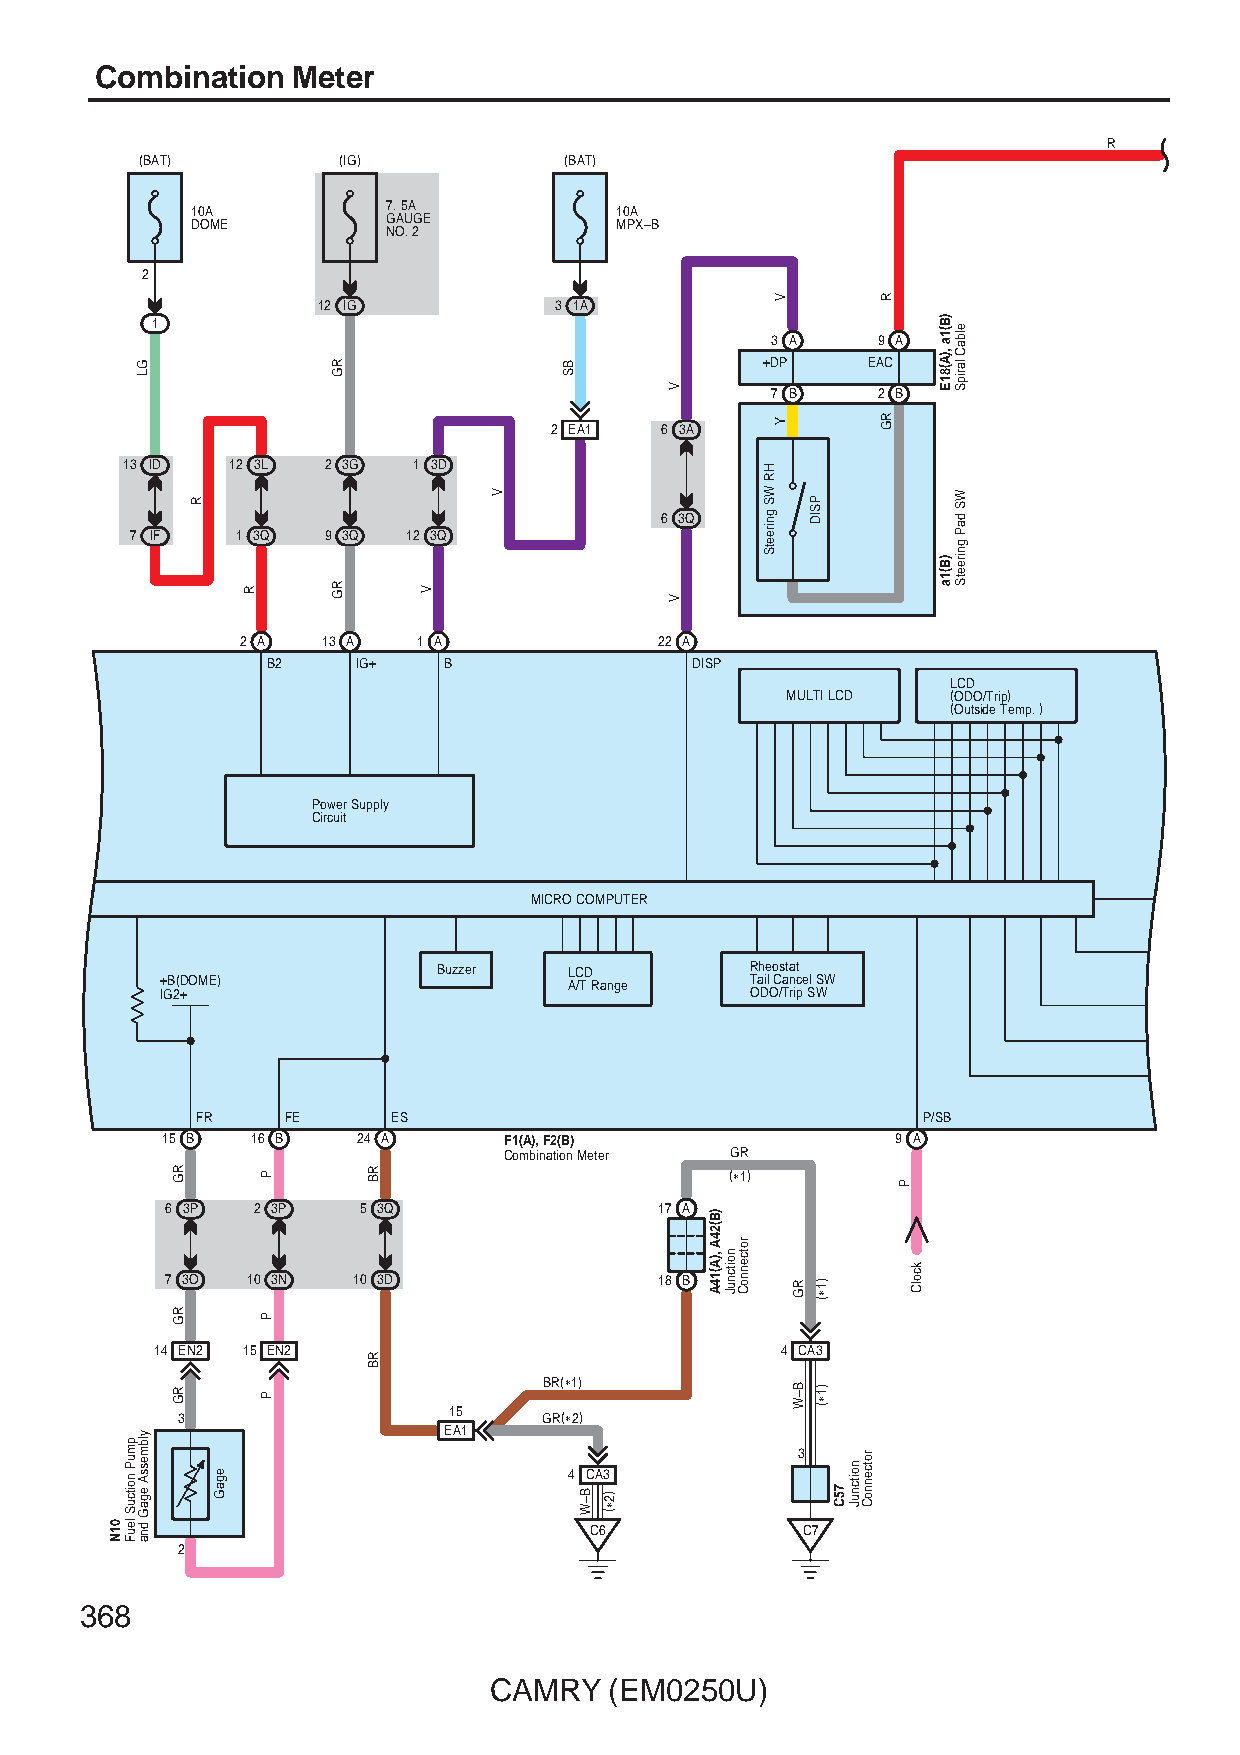
Combination  Meter
 R
 (BAT)        (IG)           (BAT)
 10A          7. 5A          10A
 DOME         GAUGE          MPX–B
 NO. 2
 2
 12 IG           3 1A
 1
 3 A    9 A
 +DP    EAC
 7 B    2 B
 2 EA1   6 3A
 13 ID  12 3L 2 3G  1 3D
 6 3Q
 7 IF   1 3Q 9 3Q  12 3Q
 2 A  13 A   1 A             22 A
 B2    IG+  B                DISP
 LCD
 MULTI LCD  (ODO/Trip)
 (Outside Temp. )
 Power Supply
 Circuit
 MICRO COMPUTER
 Buzzer   LCD         Rheostat
 +B(DOME)                   A/T Range   Tail Cancel SW
 IG2+                                   ODO/Trip SW
 FR    FE     ES                                 P/SB
 15 B  16 B   24 A     F1(A), F2(B)              9 A
 Combination Meter GR
 (∗1)
 6 3P  2 3P   5 3Q                17 A
 7 3O 10 3N  10 3D                18 B
 14 EN2 15 EN2                             4 CA3
 BR(∗1)
 3                 15    GR(∗2)
 EA1
 3
 4 CA3
 C6            C7
 2
 368
 CAMRY   (EM0250U)
 01N
 pmuP
 noitcuS
 leuF
 GL
 ylbmessA
 egaG
 dna
 RG
 RG
 RG
 R
 egaG
 R
 P
 P
 P
 RG
 RG
 RB
 RB
 V
 V
 BS
 B–W )2∗(
 V
 V
 )B(24A
 ,)A(14A noitcnuJ
 rotcennoC
 HR
 WS
 gnireetS
 V
 Y
 RG
 B–W
 PSID
 )1∗(
 )1∗(
 75C
 noitcnuJ
 rotcennoC
 R
 RG
 P
 kcolC
 )B(1a
 ,)A(81E
 )B(1a
 elbaC
 laripS
 WS
 daP
 gnireetS